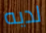
لديه